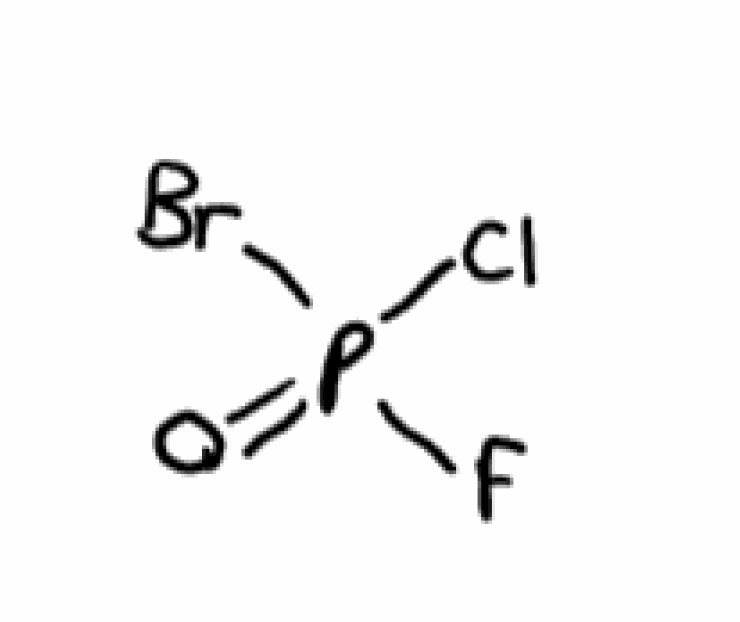
Simplified molecular-input line-entry system (SMILES) notation of the given molecule:
O=P(F)(Cl)Br